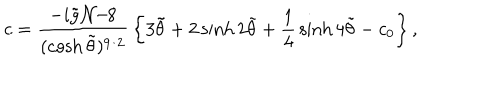
LaTeX: c = { \frac { - i \tilde { g } { \cal N } / 8 } { ( \cosh \tilde { \theta } ) ^ { 9 / 2 } } } \left\{ 3 \tilde { \theta } + 2 \sinh 2 \tilde { \theta } + { \frac { 1 } { 4 } } \sinh 4 \tilde { \theta } - c _ { 0 } \right\} ,